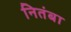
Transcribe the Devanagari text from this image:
नितंबा